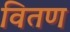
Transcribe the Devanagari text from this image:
वितण